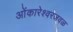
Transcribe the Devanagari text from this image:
ओंकारेश्वरजवळ